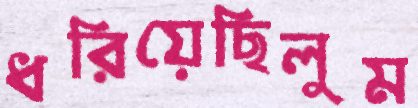
ধরিয়েছিলুম